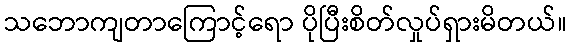
သဘောကျတာကြောင့်ရော ပိုပြီးစိတ်လှုပ်ရှားမိတယ်။